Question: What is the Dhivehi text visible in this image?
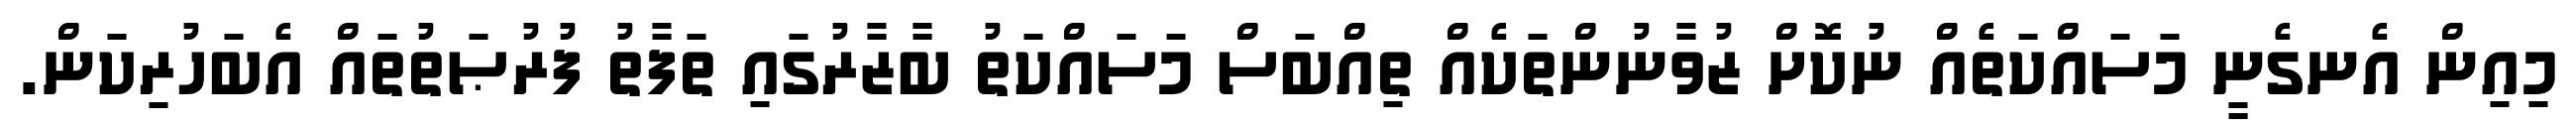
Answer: މިއިން އެނގެނީ މަސައްކަތެއް ނުކޮށް ޒުވާނުންތަކެއް ތިއްބަސް މަސައްކަތު ބާޒާރުގައި ތަފާތު ފުރުޞަތުތައް އެބަހުރިކަން.